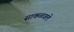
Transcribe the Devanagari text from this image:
साकळवले